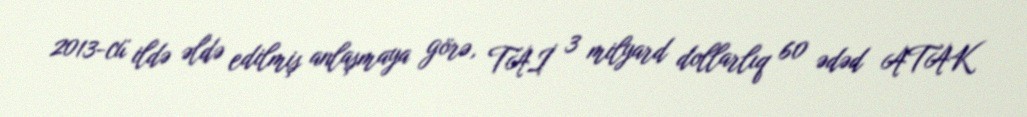
2013-cü ildə əldə edilmiş anlaşmaya görə, TAİ 3 milyard dollarlıq 60 ədəd ATAK